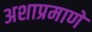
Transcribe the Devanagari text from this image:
अशाप्रमाणे